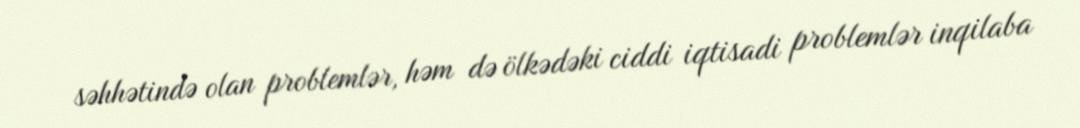
səhhətində olan problemlər, həm də ölkədəki ciddi iqtisadi problemlər inqilaba